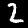
Label: 2